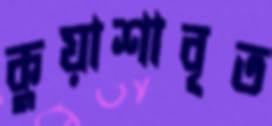
কুয়াশাবৃত